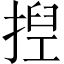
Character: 揑